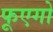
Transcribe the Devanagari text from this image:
फूएगो